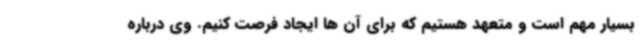
بسیار مهم است و متعهد هستیم که برای آن ها ایجاد فرصت کنیم. وی درباره